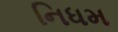
નિધમ